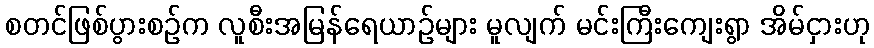
စတင်ဖြစ်ပွားစဉ်က လူစီးအမြန်ရေယာဉ်များ မူလျက် မင်းကြီးကျေးရွာ အိမ်ငှားဟု